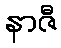
နာဇီ